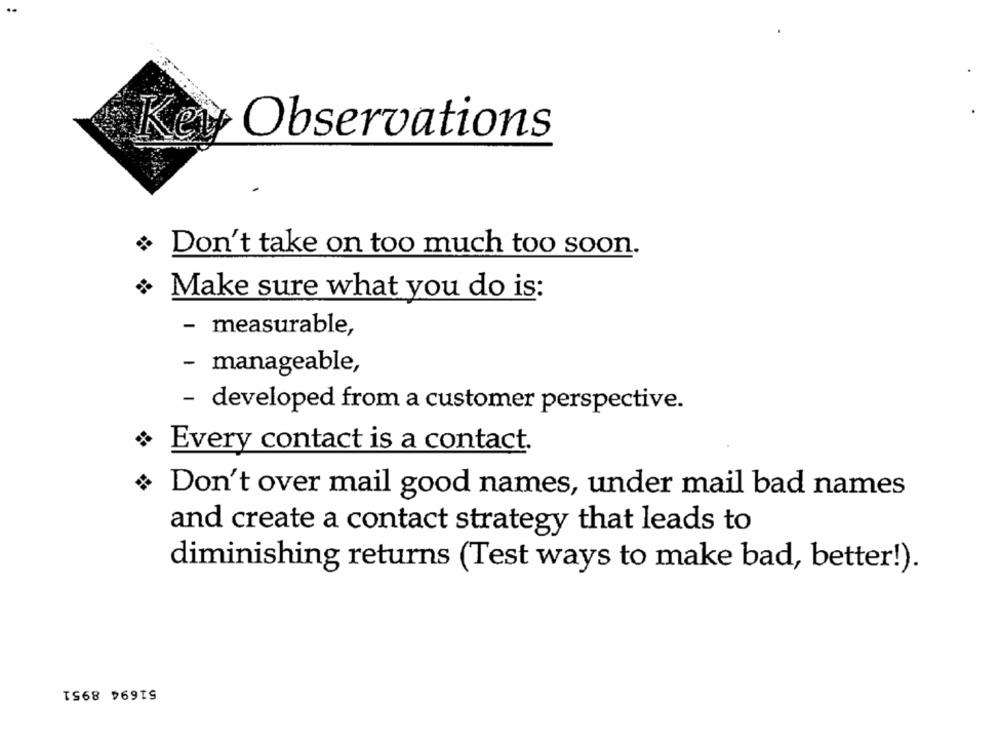
Key Observations
Don't take on too much too soon.
Make sure what you do is:
- measurable,
- manageable,
- developed from a customer perspective.
Every contact is a contact.
Don't over mail good names, under mail bad names
and create a contact strategy that leads to
diminishing returns (Test ways to make bad, better!).
51694 8951